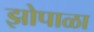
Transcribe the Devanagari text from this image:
झोपाळा